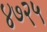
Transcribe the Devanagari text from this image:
४७२५